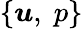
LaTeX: \{ \boldsymbol{u},\; p\}